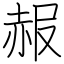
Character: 赧